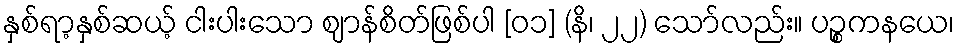
နှစ်ရာ့နှစ်ဆယ့် ငါးပါးသော ဈာန်စိတ်ဖြစ်ပါ [၀၁] (နိ၊ ၂၂) သော်လည်း။ ပဉ္စကနယေ၊